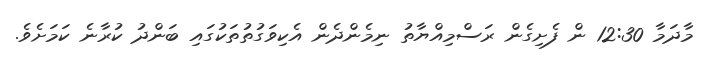
މާދަމާ 12:30 ން ފެށިގެން ރަސްމިއްޔާތު ނިމެންދެން އެކިވަގުތުތަކުގައި ބަންދު ކުރާނެ ކަމަށެވެ.